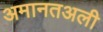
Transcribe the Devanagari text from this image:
अमानतअली